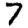
Digit: 7